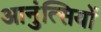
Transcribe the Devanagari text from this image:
आनुंत्सियों